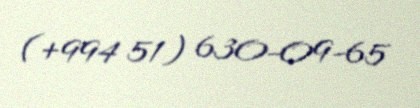
(+994 51) 630-09-65